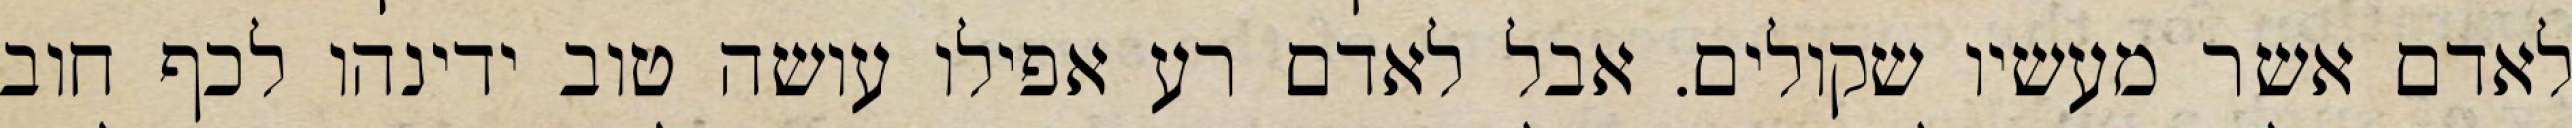
לאדם אשר מעשיו שקולים. אבל לאדם רע אפילו עושה טוב ידינהו לכף חוב